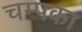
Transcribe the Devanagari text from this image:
चम्पका